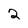
Character: 2